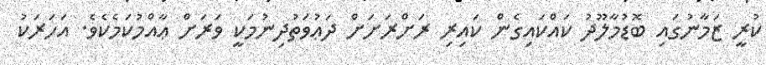
ކުރީ ޒަމާނުގައި ބޮޑުމާލޫދު ކައްކައިގެން ކައިރި ރަށްރަށަށް ދަޢުވަތުދިނުމަކީ ވަރަށް ޢާއްމުކަމެކެވެ. އަހަރަކު